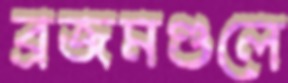
ব্রজমণ্ডলে